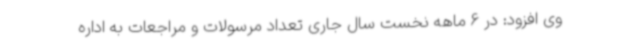
وی افزود: در 6 ماهه نخست سال جاری تعداد مرسولات و مراجعات به اداره